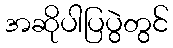
အဆိုပါပြပွဲတွင်